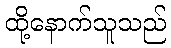
ထို့နောက်သူသည်